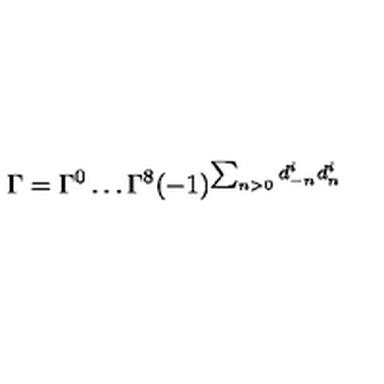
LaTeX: \Gamma = \Gamma ^ { 0 } \ldots \Gamma ^ { 8 } ( - 1 ) ^ { \sum _ { n > 0 } d _ { - n } ^ { i } d _ { n } ^ { i } }